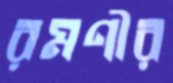
রমণীর